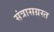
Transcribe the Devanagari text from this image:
संत्रासग्रस्त